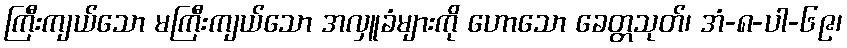
ကြီးကျယ်သော မကြီးကျယ်သော အလှူခံများကို ဟောသော ခေတ္တသုတ်၊ အံ-၈-ပါ-၆၉၊